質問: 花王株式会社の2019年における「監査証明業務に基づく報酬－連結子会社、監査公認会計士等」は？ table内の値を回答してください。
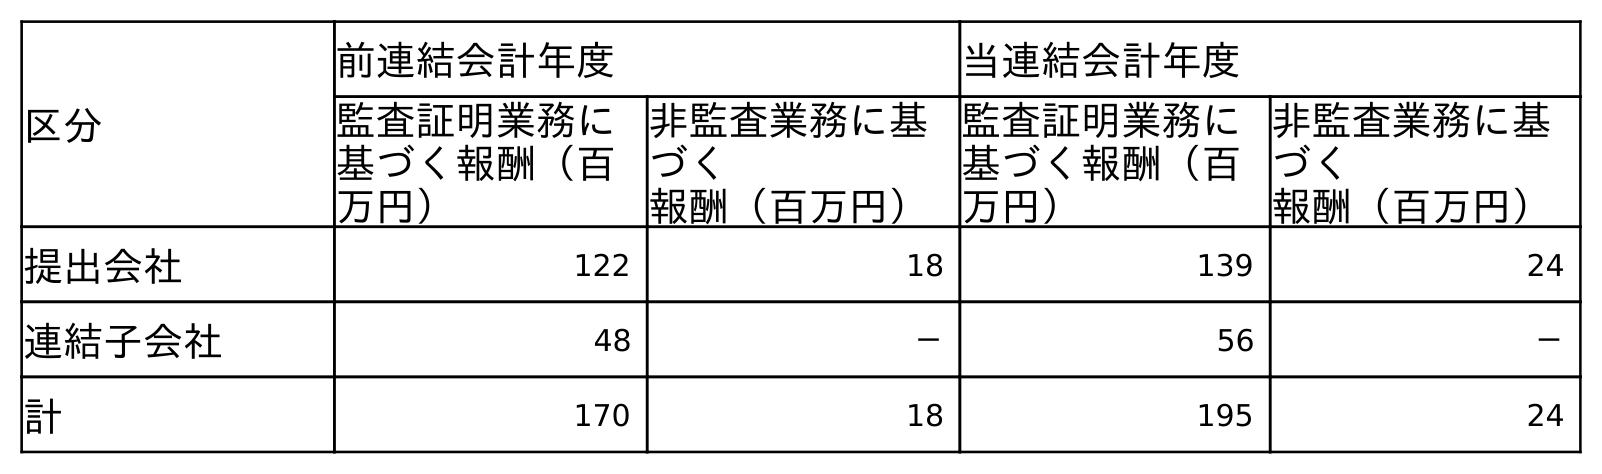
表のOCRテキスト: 区分 前連結会計年度 当連結会計年度 監査証明業務に 基づく報酬（百 万円） 非監査業務に基 づく 報酬（百万円） 監査証明業務に 基づく報酬（百 万円） 非監査業務に基 づく 報酬（百万円） 提出会社 122 18 139 24 連結子会社 48 － 56 － 計 170 18 195 24
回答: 48